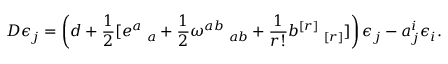
D \epsilon _ { j } = \left( d + \frac { 1 } { 2 } [ e ^ { a } { \bf \Gamma } _ { a } + \frac { 1 } { 2 } \omega ^ { a b } { \bf \Gamma } _ { a b } + \frac { 1 } { r ! } b ^ { [ r ] } { \bf \Gamma } _ { [ r ] } ] \right) \epsilon _ { j } - a _ { j } ^ { i } \epsilon _ { i } .